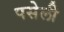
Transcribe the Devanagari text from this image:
पसेली